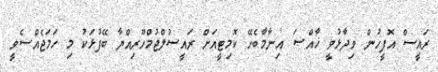
ރައީސް އޮފީހުން ވިދާޅުވީ ޚާއްޞަ އިނާމާބެހޭ ކޮމިޓީއަށް ރައީސުލްޖުމްހޫރިއްޔާ ބޭފުޅަކު މި ހަމަޖެއްސެވީ